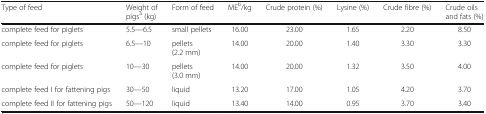
<table><thead><tr><td><b>Type of feed</b></td><td><b>Weight of pigs<sup>a</sup> (kg)</b></td><td><b>Form of feed</b></td><td><b>ME<sup>b</sup>/kg</b></td><td><b>Crude protein (%)</b></td><td><b>Lysine (%)</b></td><td><b>Crude fibre (%)</b></td><td><b>Crude oils and fats (%)</b></td></tr></thead><tbody><tr><td>complete feed for piglets</td><td>5.5—6.5</td><td>small pellets</td><td>16.00</td><td>23.00</td><td>1.65</td><td>2.20</td><td>8.50</td></tr><tr><td>complete feed for piglets</td><td>6.5—10</td><td>pellets(2.2 mm)</td><td>14.00</td><td>20.00</td><td>1.40</td><td>3.30</td><td>3.30</td></tr><tr><td>complete feed for piglets</td><td>10—30</td><td>pellets(3.0 mm)</td><td>14.00</td><td>20.00</td><td>1.32</td><td>3.50</td><td>4.00</td></tr><tr><td>complete feed I for fattening pigs</td><td>30—50</td><td>liquid</td><td>13.20</td><td>17.00</td><td>1.05</td><td>4.20</td><td>3.70</td></tr><tr><td>complete feed II for fattening pigs</td><td>50—120</td><td>liquid</td><td>13.40</td><td>14.00</td><td>0.95</td><td>3.70</td><td>3.40</td></tr></tbody></table>